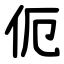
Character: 伌